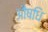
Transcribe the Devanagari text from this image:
औषधि